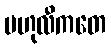
ဗဟုလီကတေ